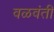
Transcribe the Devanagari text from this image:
वळवंती